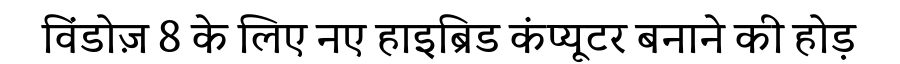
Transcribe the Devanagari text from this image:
विंडोज़ 8 के लिए नए हाइब्रिड कंप्यूटर बनाने की होड़